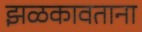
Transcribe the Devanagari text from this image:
झळकावताना